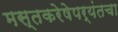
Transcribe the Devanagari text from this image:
मस्तकरेषेपर्यंतचा